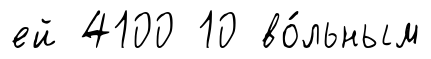
ей 4100 10 во́льным